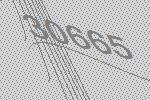
30665